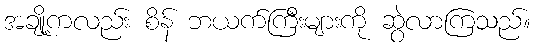
အချို့ကလည်း စိန် ဘယက်ကြီးများကို ဆွဲလာကြသည်။